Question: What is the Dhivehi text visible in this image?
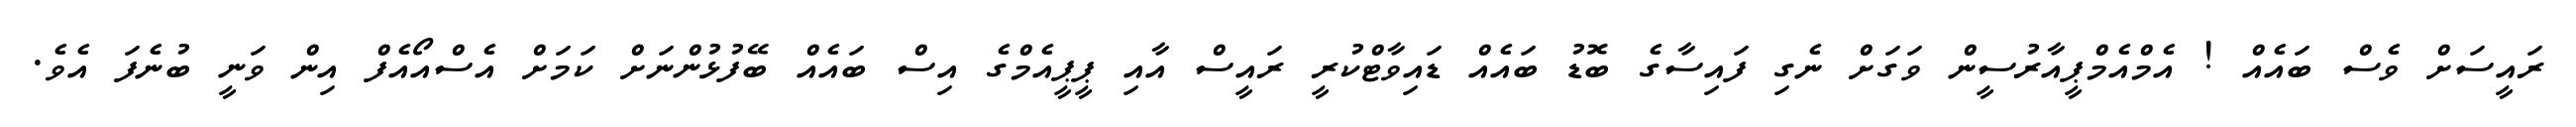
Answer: ރައީސަށް ވެސް ބައެއް ! އެމްއެމްޕީއާރުސީން ވަގަށް ނެގި ފައިސާގެ ބޮޑު ބައެއް ޑައިވާޓްކުރީ ރައީސް އާއި ޕީޕީއެމްގެ އިސް ބައެއް ބޭފުޅުންނަށް ކަމަށް އެސްއޯއެފް އިން ވަނީ ބުނެފަ އެވެ.